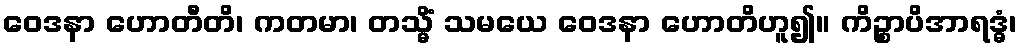
ဝေဒနာ ဟောတီတိ၊ ကတမာ၊ တသ္မိံ သမယေ ဝေဒနာ ဟောတိဟူ၍။ ကိဉ္စာပိအာရဒ္ဓံ၊